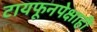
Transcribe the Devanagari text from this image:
टायफूनपेक्षाही